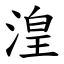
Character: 湟